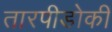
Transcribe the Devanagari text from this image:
तारपीडोकी